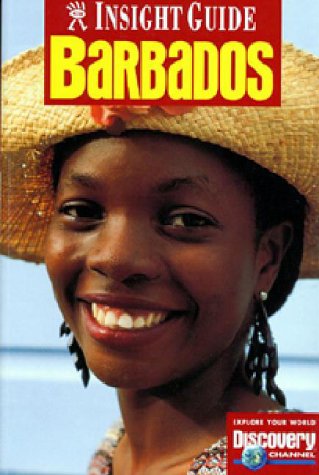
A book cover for Insight Guide: Barbados; Travel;